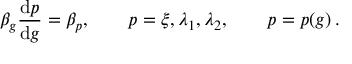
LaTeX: \beta _ { g } \frac { \mathrm { d } p } { \mathrm { d } g } = \beta _ { p } , \qquad p = \xi , \lambda _ { 1 } , \lambda _ { 2 } , \qquad p = p ( g ) \, .